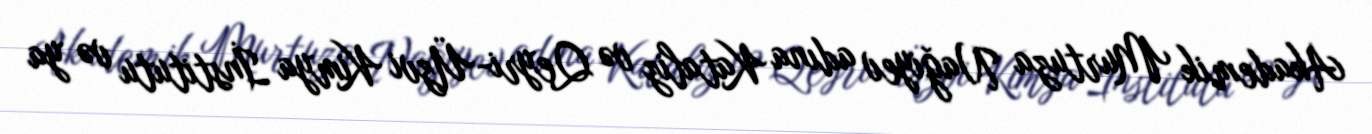
Akademik Murtuza Nağıyev adına Kataliz və Qeyri-Üzvi Kimya İnstitutu və ya